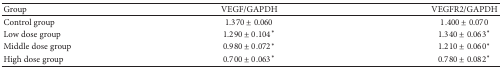
<table><thead><tr><td><b>Group</b></td><td><b>VEGF/GAPDH</b></td><td><b>VEGFR2/GAPDH</b></td></tr></thead><tbody><tr><td>Control group</td><td>1.370 ± 0.060</td><td>1.400 ± 0.070</td></tr><tr><td>Low dose group</td><td>1.290 ± 0.104<sup><i>∗</i></sup></td><td>1.340 ± 0.063<sup><i>∗</i></sup></td></tr><tr><td>Middle dose group</td><td>0.980 ± 0.072<sup><i>∗</i></sup></td><td>1.210 ± 0.060<sup><i>∗</i></sup></td></tr><tr><td>High dose group</td><td>0.700 ± 0.063<sup><i>∗</i></sup></td><td>0.780 ± 0.082<sup><i>∗</i></sup></td></tr></tbody></table>